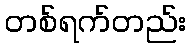
တစ်ရက်တည်း